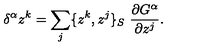
\delta ^ { \alpha } z ^ { k } = \sum _ { j } \{ z ^ { k } , z ^ { j } \} _ { S } \ \frac { \partial G ^ { \alpha } } { \partial z ^ { j } } .